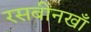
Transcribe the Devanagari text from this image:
रसबीनखाँ